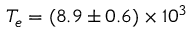
T _ { e } = ( 8 . 9 \pm 0 . 6 ) \times 1 0 ^ { 3 }